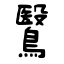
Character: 鷖